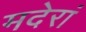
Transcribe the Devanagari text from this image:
मदेरां